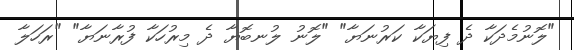
"ލޮނުމެދަކާ ދެ ފިޔަކާ ކަރުނަޔާ" "ލޮނު ލުނބޮޔާ ދެ މިރުހަކާ ފުރާނަޔާ" "ރަހަލާ